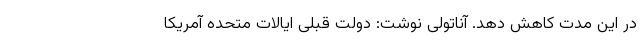
در این مدت کاهش دهد. آناتولی نوشت: دولت قبلی ایالات متحده آمریکا